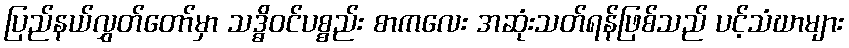
ပြည်နယ်လွှတ်တော်မှာ သဒ္ဓိဝင်ပစ္စည်း စာကလေး အဆုံးသတ်ရန်ဖြစ်သည် ပင့်သံဃာများ